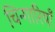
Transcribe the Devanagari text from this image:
चिन्गारियाँ